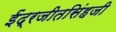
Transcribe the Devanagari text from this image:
ईंद्रजीतसिंहजी